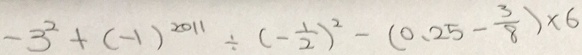
- 3 ^ { 2 } + ( - 1 ) ^ { 2 0 1 1 } \div ( - \frac { 1 } { 2 } ) ^ { 2 } - ( 0 . 2 5 - \frac { 3 } { 8 } ) \times 6